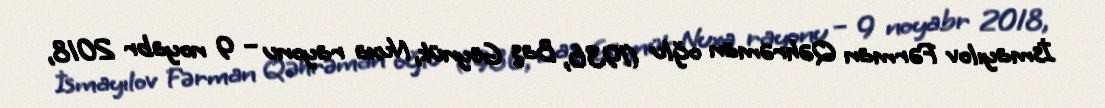
İsmayılov Fərman Qəhrəman oğlu (1936, Baş Göynük, Nuxa rayonu – 9 noyabr 2018,